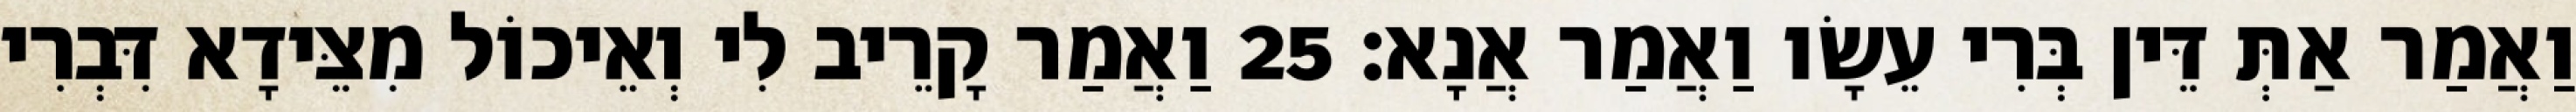
וַאֲמַר אַתְּ דֵּין בְּרִי עֵשָׂו וַאֲמַר אֲנָא׃ 25 וַאֲמַר קָרֵיב לִי וְאֵיכוֹל מִצֵּידָא דִּבְרִי